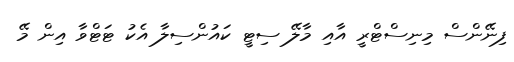
ފިނޭންސް މިނިސްޓްރީ އާއި މާލޭ ސިޓީ ކައުންސިލާ އެކު ޓަޓްވާ އިން މޭ